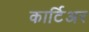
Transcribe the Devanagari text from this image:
कार्टिअर